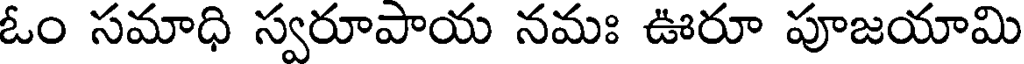
ఓం సమాధి స్వరూపాయ నమః ఊరూ పూజయామి